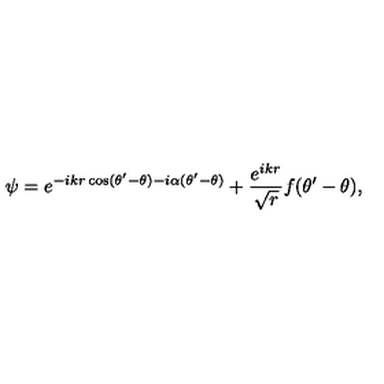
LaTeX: \psi = e ^ { - i k r \cos ( \theta ^ { \prime } - \theta ) - i \alpha ( \theta ^ { \prime } - \theta ) } + \displaystyle \frac { e ^ { i k r } } { \sqrt { r } } f ( \theta ^ { \prime } - \theta ) ,